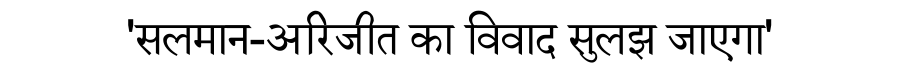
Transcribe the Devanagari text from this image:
'सलमान-अरिजीत का विवाद सुलझ जाएगा'